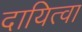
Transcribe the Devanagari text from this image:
दायित्वा